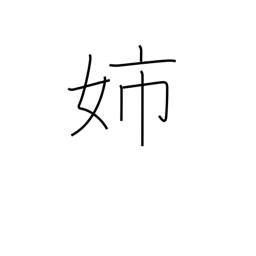
Meaning: elder sister